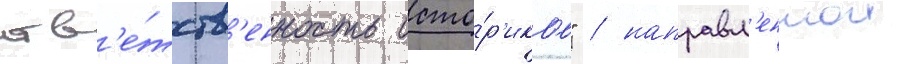
отв'е́тств'енность исто́р'иков" / направл'еннои